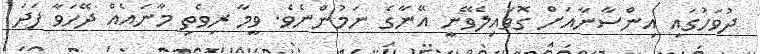
ދުވަހުގައި އިންސާނާއަށް ގޮވައިލެވޭނީ އޭނާގެ ނަމުންނެވެ. ވީމާ ރިވެތި މާނައެއް ދޭހަވާ ފަދަ